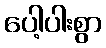
ပေါ့ပါးစွာ